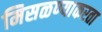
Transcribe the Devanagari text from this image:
मिसळण्याकरता